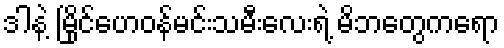
ဒါနဲ့ မြိုင်ဟေဝန်မင်းသမီးလေးရဲ့ မိဘတွေကရော